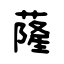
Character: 蕯